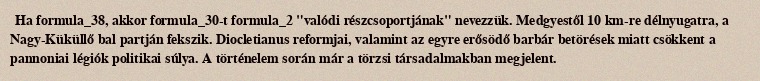
Ha formula_38, akkor formula_30-t formula_2 "valódi részcsoportjának" nevezzük. Medgyestől 10 km-re délnyugatra, a Nagy-Küküllő bal partján fekszik. Diocletianus reformjai, valamint az egyre erősödő barbár betörések miatt csökkent a pannoniai légiók politikai súlya. A történelem során már a törzsi társadalmakban megjelent.